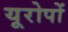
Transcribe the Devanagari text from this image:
यूरोपों